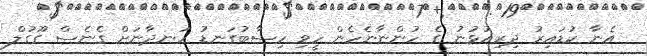
އެނާ ކުޑައިރު ދިރިއުޅުނު ގެ ހުންނާނެހެން ހީވި ހިސާބުގަނޑު ހަނދާނަށް ގެނެސް ގޫގުލް